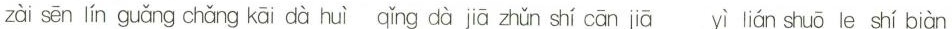
zài sēn lín guǎng chǎng kāi dà huì qǐng dà jiā zhǔn shí cān jiā yì lián shuō le shí biàn